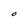
Character: O